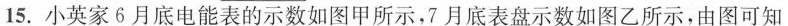
15.小英家6月底电能表的示数如图甲所示，7月底表盘示数如图乙所示，由图可知